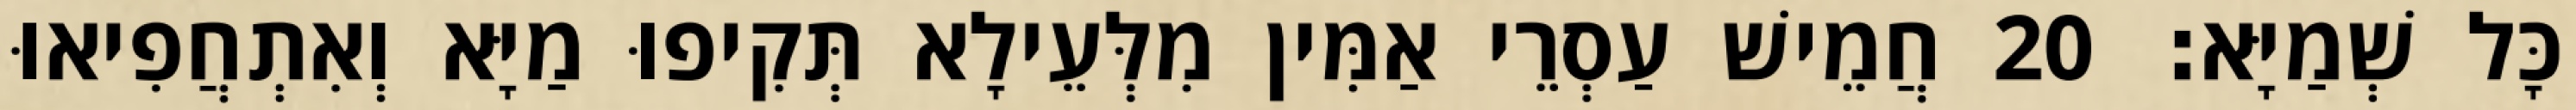
כָּל שְׁמַיָּא׃ 20 חֲמֵישׁ עַסְרֵי אַמִּין מִלְּעֵילָא תְּקִיפוּ מַיָּא וְאִתְחֲפִיאוּ